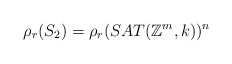
\begin{align*} \rho_{r}(S_{2}) = \rho_{r}(SAT(\mathbb{Z}^m, k))^{n}\end{align*}